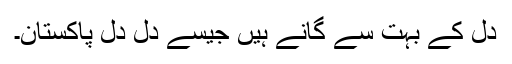
دل کے بہت سے گانے ہیں جیسے دل دل پاکستان۔